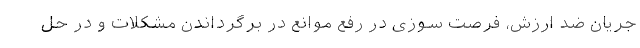
جریان ضد ارزش، فرصت سوزی در رفع موانع در برگرداندن مشکلات و در حل